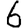
Digit: 6